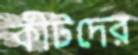
কীটদের